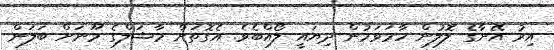
އިރު އޭނާގެ ލޮލުން ހާމަވަމުން ދިޔައީ ލޯއްބެވެ. އެގޮތަށް މާޝަލްގެ މޫނަށް ބަލަން